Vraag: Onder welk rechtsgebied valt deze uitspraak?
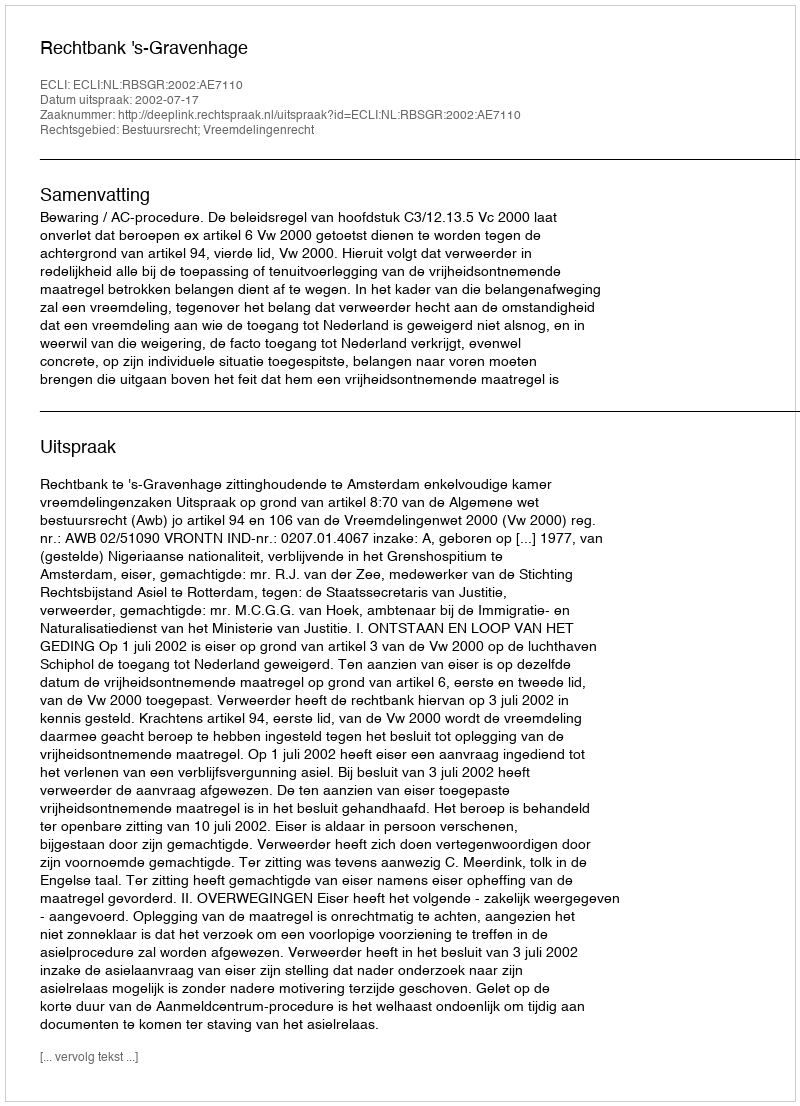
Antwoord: Bestuursrecht; Vreemdelingenrecht